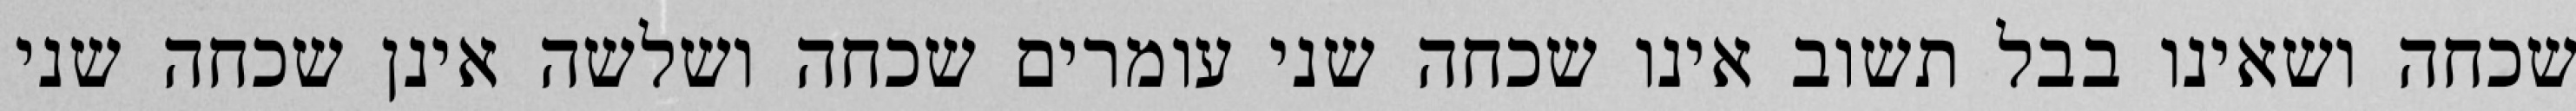
שכחה ושאינו בבל תשוב אינו שכחה שני עומרים שכחה ושלשה אינן שכחה שני